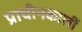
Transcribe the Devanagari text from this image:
प्राचीनकालीं